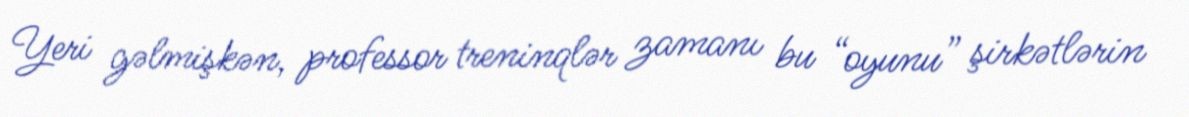
Yeri gəlmişkən, professor treninqlər zamanı bu “oyunu” şirkətlərin